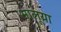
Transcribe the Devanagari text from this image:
भालूया